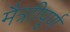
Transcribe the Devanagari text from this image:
मैत्राीपूर्ण